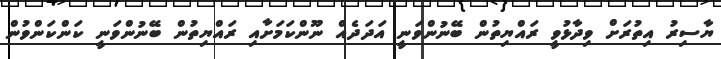
ޔާސިރު އިތުރަށް ވިދާޅުވީ ރައްޔިތުން ބޭނުންވަނީ އަދަދެއް ނޫންކަމަށާއި ރައްޔިތުން ބޭނުންވަނީ ކަންކަންވުން